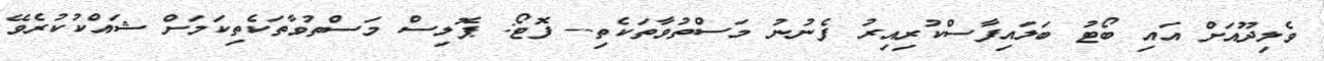
ވެލިދޫއަށް އައި ބޯޓު ބަލައިފާސްކުރިއިރު ފެނުނު މަސްތުވާތަކެތި-- ފޮޓޯ: ޕޮލިސް މަސްތުވާތަކެތިކަމަށް ޝައްކުކުރެވޭ